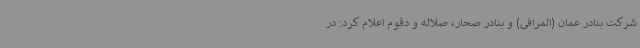
شرکت بنادر عمان (المرافی) و بنادر صحار، صلاله و دقوم اعلام کرد: در